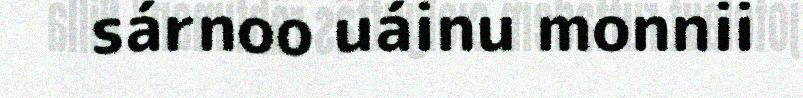
sárnoo uáinu monnii